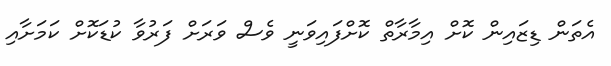
އެތަން ޑިޒައިން ކޮށް އިމާރާތް ކޮށްފައިވަނީ ވެސް ވަރަށް ފަރުވާ ކުޑަކޮށް ކަމަށާއި